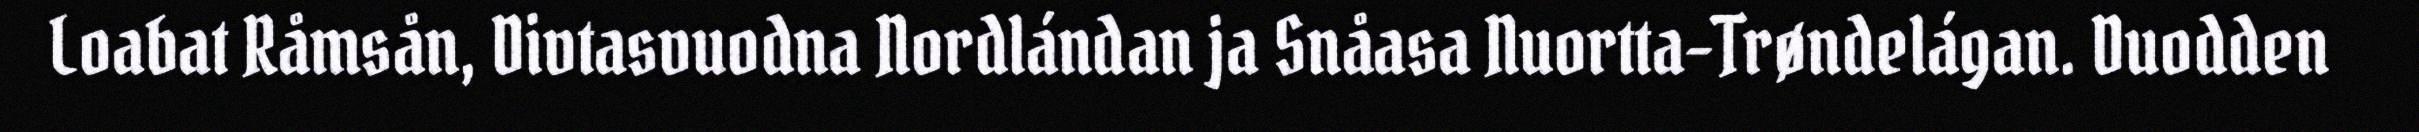
Loabat Råmsån, Divtasvuodna Nordlándan ja Snåasa Nuortta-Trøndelágan. Duodden